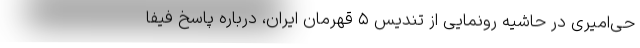
حی‌امیری در حاشیه رونمایی از تندیس ۵ قهرمان ایران، درباره پاسخ فیفا